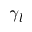
\gamma _ { l }